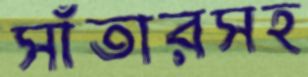
সাঁতারসহ